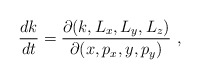
\begin{align*}{dk\over dt}= {\partial (k,L_x,L_y,L_z ) \over \partial (x,p_x,y,p_y) } ~, \end{align*}